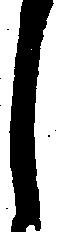
し